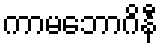
ကာမဘောဂိနီ